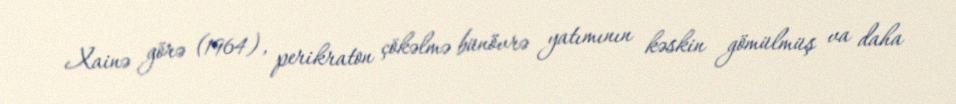
Xainə görə (1964), perikraton çökəlmə bünövrə yatımının kəskin gömülmüş va daha